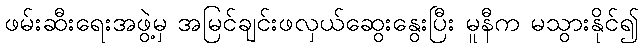
ဖမ်းဆီးရေးအဖွဲ့မှ အမြင်ချင်းဖလှယ်ဆွေးနွေးပြီး မူနီက မသွားနိုင်၍